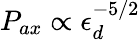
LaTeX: P_{ax}\propto\epsilon_{d}^{-5/2}